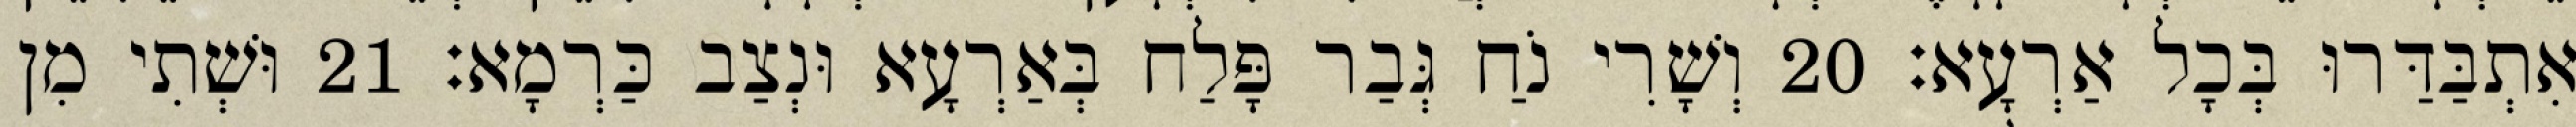
אִתְבַּדַּרוּ בְּכָל אַרְעָא׃ 20 וְשָׁרִי נֹחַ גְּבַר פָּלַח בְּאַרְעָא וּנְצַב כַּרְמָא׃ 21 וּשְׁתִי מִן